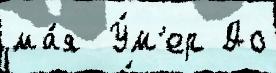
ма́я  У́м'ер До